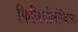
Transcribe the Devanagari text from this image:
फिजियोलोजिस्ट